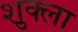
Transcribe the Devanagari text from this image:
श़ुक्ला